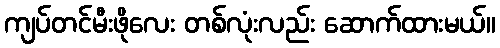
ကျပ်တင်မီးဖိုလေး တစ်လုံးလည်း ဆောက်ထားမယ်။